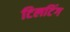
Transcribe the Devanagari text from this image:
टिलटिंग